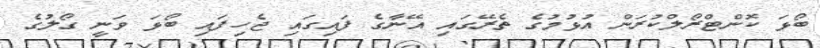
ބޯޅަ ކޮންޓްރޯލްކުރަން އުޅުމުގެ ތެރޭގައި އޭނާގެ ފައިގައި ޖެހިފައި ބޯޅަ ވަނީ ގޯލުގެ